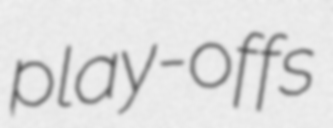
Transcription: play-offs